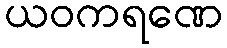
ယဝကရဏေ